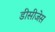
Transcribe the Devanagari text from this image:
डीसीजेस